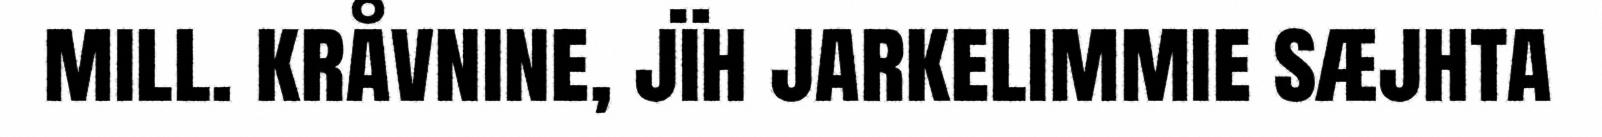
mill. kråvnine, jïh jarkelimmie sæjhta